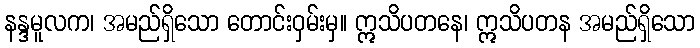
နန္ဒမူလက၊ အမည်ရှိသော တောင်းဝှမ်းမှ။ ဣသိပတနေ၊ ဣသိပတန အမည်ရှိသော